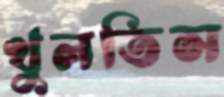
খুলতিস